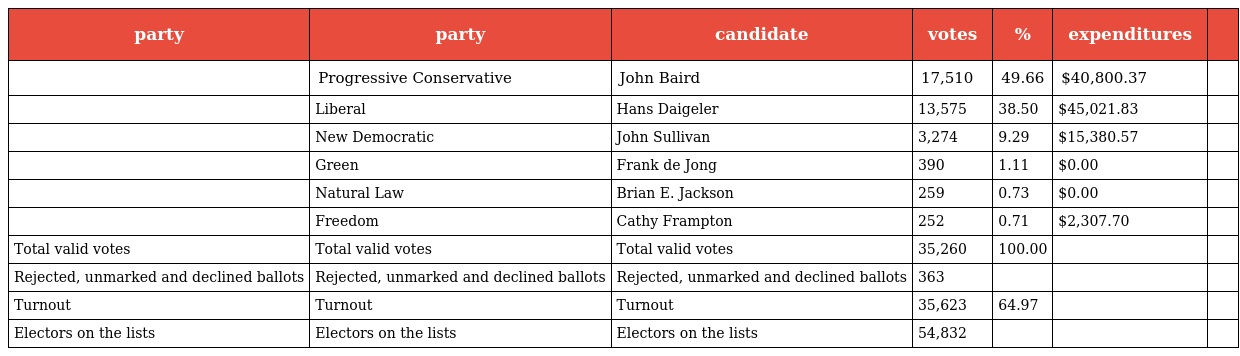
| party | party | candidate | votes | % | expenditures |  |
 | --- | --- | --- | --- | --- | --- | --- |
 |  | Progressive Conservative | John Baird | 17,510 | 49.66 | $40,800.37 |  |
 |  | Liberal | Hans Daigeler | 13,575 | 38.50 | $45,021.83 |  |
 |  | New Democratic | John Sullivan | 3,274 | 9.29 | $15,380.57 |  |
 |  | Green | Frank de Jong | 390 | 1.11 | $0.00 |  |
 |  | Natural Law | Brian E. Jackson | 259 | 0.73 | $0.00 |  |
 |  | Freedom | Cathy Frampton | 252 | 0.71 | $2,307.70 |  |
 | Total valid votes | Total valid votes | Total valid votes | 35,260 | 100.00 |  |  |
 | Rejected, unmarked and declined ballots | Rejected, unmarked and declined ballots | Rejected, unmarked and declined ballots | 363 |  |  |  |
 | Turnout | Turnout | Turnout | 35,623 | 64.97 |  |  |
 | Electors on the lists | Electors on the lists | Electors on the lists | 54,832 |  |  |  |